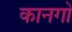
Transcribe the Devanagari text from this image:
कानगो